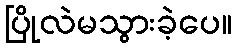
ပြိုလဲမသွားခဲ့ပေ။